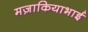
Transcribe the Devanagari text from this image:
मज़ाकियाभाई